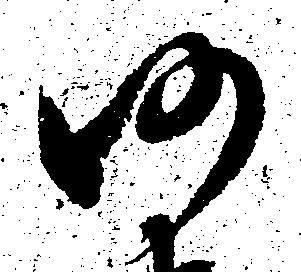
仍